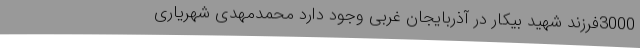
3000فرزند شهید بیکار در آذربایجان غربی وجود دارد محمدمهدی شهریاری